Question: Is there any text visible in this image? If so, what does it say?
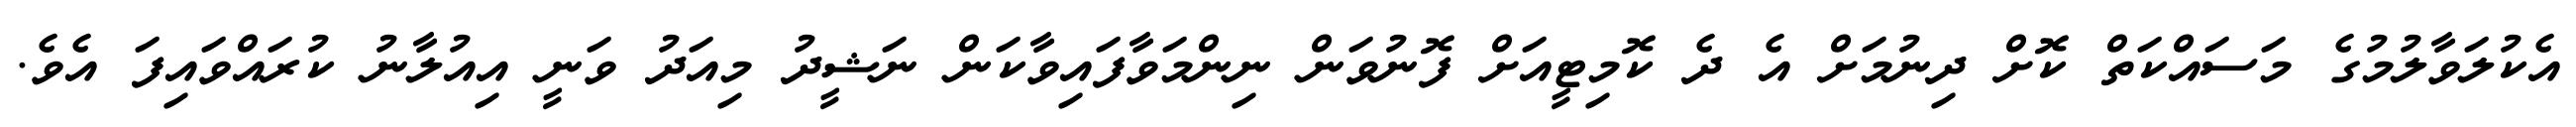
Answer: އެކުލަވާލުމުގެ މަސައްކަތް ކޮށް ދިނުމަށް އެ ދެ ކޮމިޓީއަށް ފޮނުވަން ނިންމަވާފައިވާކަން ނަޝީދު މިއަދު ވަނީ އިއުލާނު ކުރައްވައިފަ އެވެ.